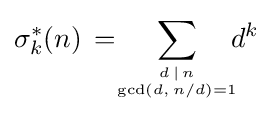
\sigma _{k}^{*}(n)\,=\!\!\sum _{d\,\mid \,n \atop \gcd(d,\,n/d)=1}\!\!\!d^{k}